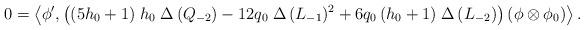
LaTeX: \begin{align*}0=\left\langle \phi',\left( (5 h_{0}+1)\;h_{0}\;\Delta\,(Q_{-2})- 12 q_{0}\; \Delta\,(L_{-1})^{2}+ 6 q_{0}\,(h_{0} +1)\; \Delta\,(L_{-2})\right)\left(\phi\otimes \phi_{0}\right) \right\rangle.\end{align*}